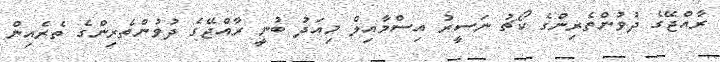
ރާއްޖޭގެ ދުވުންތެރިންގެ ކޯޗު ނަސީރު އިސްމާއިލް މިއަދު ބުނީ ރާއްޖޭގެ ދުވުންތެރިންގެ ތެރެއިން